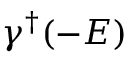
\gamma ^ { \dagger } ( - E )